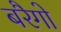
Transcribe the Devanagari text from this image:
बरैगो